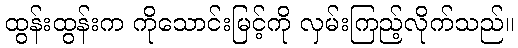
ထွန်းထွန်းက ကိုသောင်းမြင့်ကို လှမ်းကြည့်လိုက်သည်။